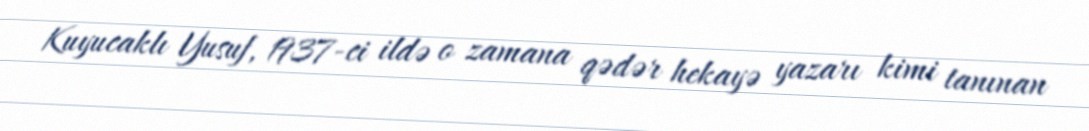
Kuyucaklı Yusuf, 1937-ci ildə o zamana qədər hekayə yazarı kimi tanınan